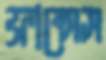
ফ্রান্সেস